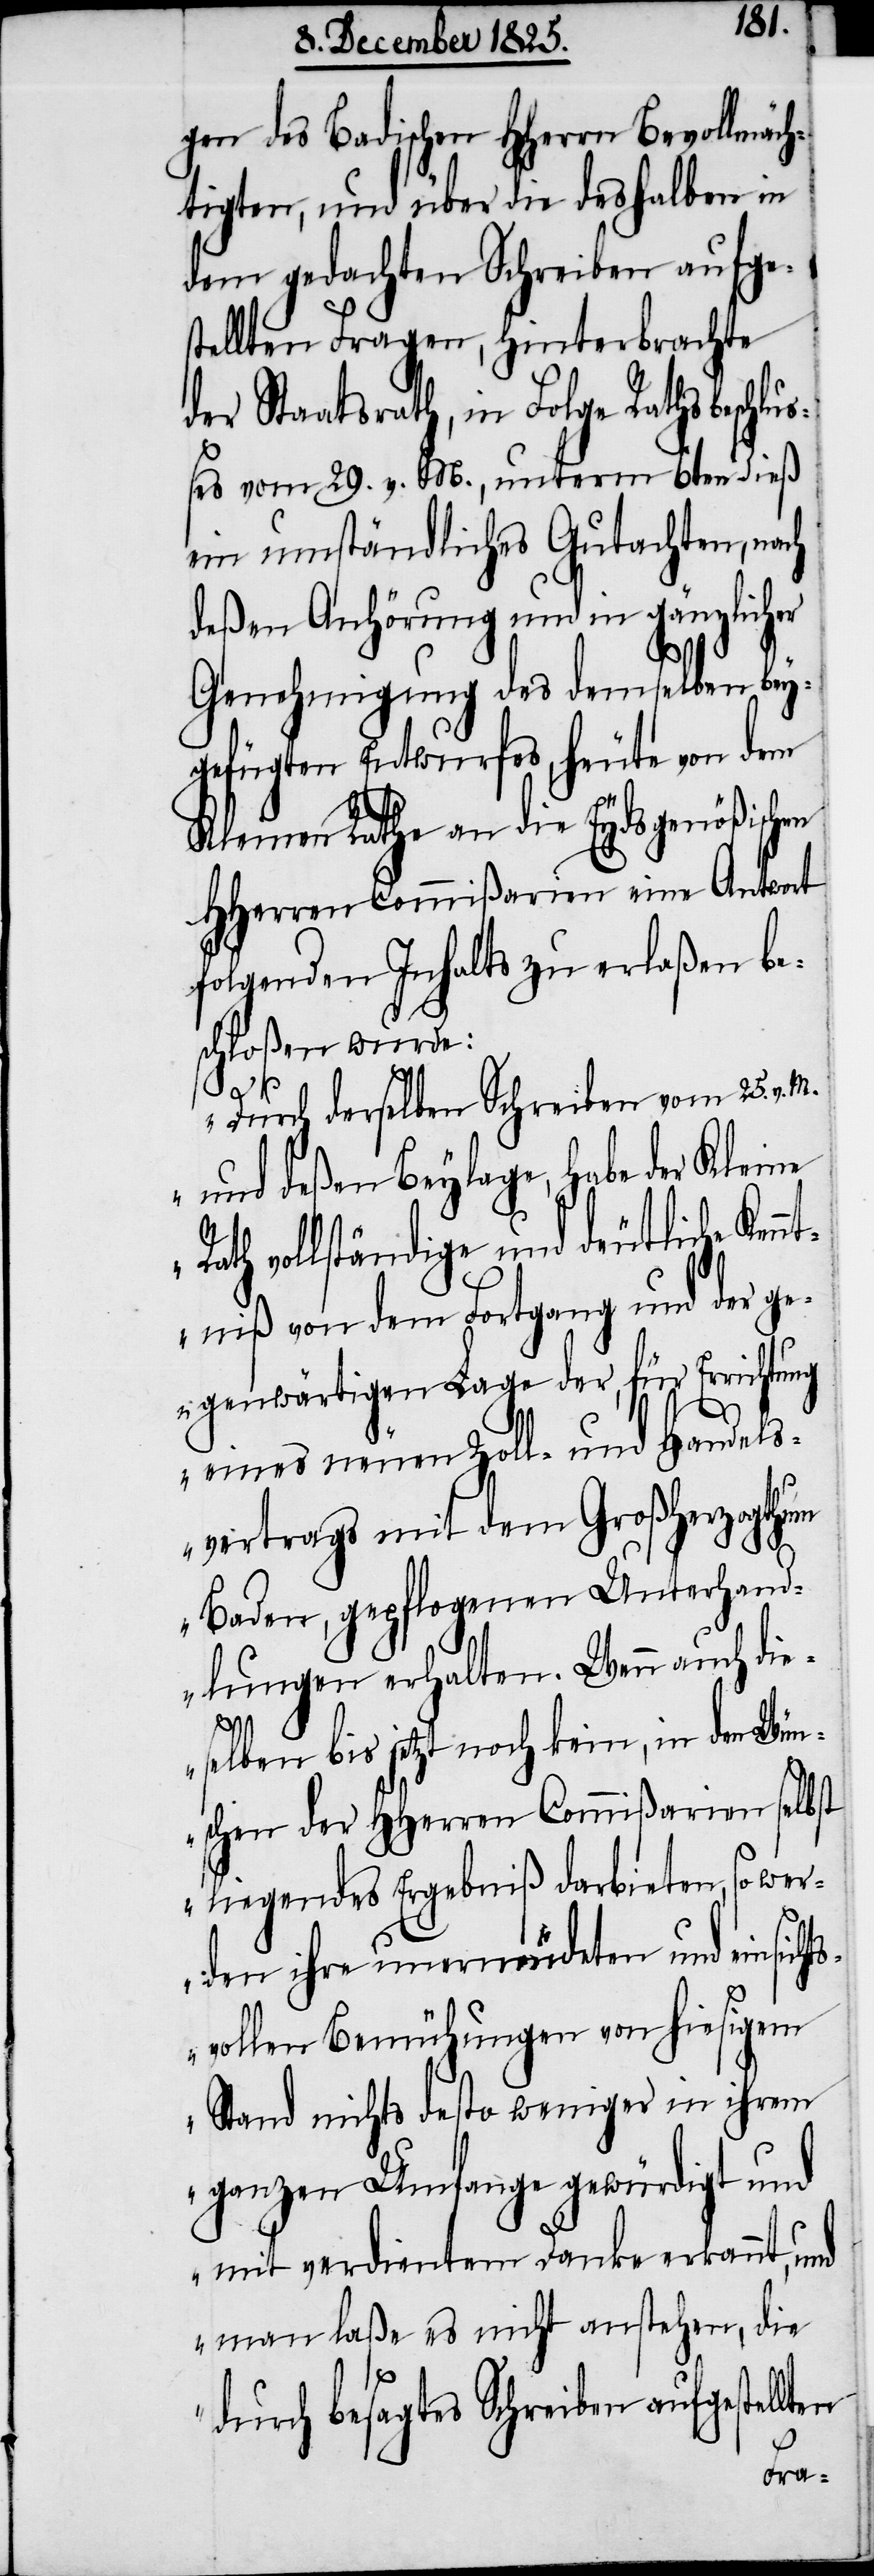
gen des Badischen HHerrn Bevollmäch¬
tigten, und über die deshalben in
dem gedachten Schreiben aufge¬
stellten Fragen, hinterbrachte
der Staatsrath, in Folge Rathsbeschluß¬
es vom 29. v. M., unterm 6ten dieß
ein umständliches Gutachten, nach
deßen Anhörung und in gänzlicher
Genehmigung des demselben bey¬
gefügten Entwurfes, heute von dem
Kleinen Rathe an die Eydsgenößischen
HHerren Commißarien eine Antwort
folgenden Inhalts zu erlaßen be¬
schloßen wurde:
en
„Durch derselben Schreiben vom 25. v.
und deßen Beylage, habe der Kleine
Rath vollständige und deutliche Kenn¬
tniß von dem Fortgang und der ge¬
genwärtigen Lage der, für Errichtung
eines neuen Zoll- und Handels¬
vertrags mit dem Großherzogthum
Baden, gepflogenen Unterhand¬
lungen erhalten. Wenn auch die¬
selben bis jetzt noch kein, in den Wün¬
schen der HHerren Commißarien selbst
liegendes Ergebniß darbieten, so wer¬
den ihre unermüdeten und einsich¬
tsvollen Bemühungen von hiesigem
Stand nichts desto weniger in ihrem
ganzen Umfange gewürdigt und
mit verdientem Danke erkannt,
man laße es nicht anstehen, die
durch besagtes Schreiben aufgestellt¬